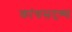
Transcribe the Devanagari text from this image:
कांचसदृश्य